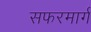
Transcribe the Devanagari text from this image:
सफरमार्ग